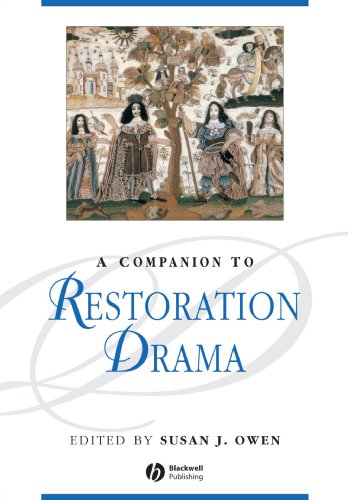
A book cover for A Companion to Restoration Drama; Literature & Fiction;